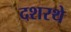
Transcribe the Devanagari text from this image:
दशरथे